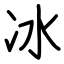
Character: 冰